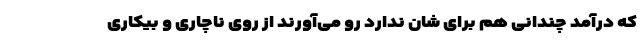
که درآمد چندانی هم برای شان ندارد رو می‌آورند از روی ناچاری و بیکاری